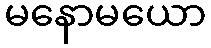
မနောမယော